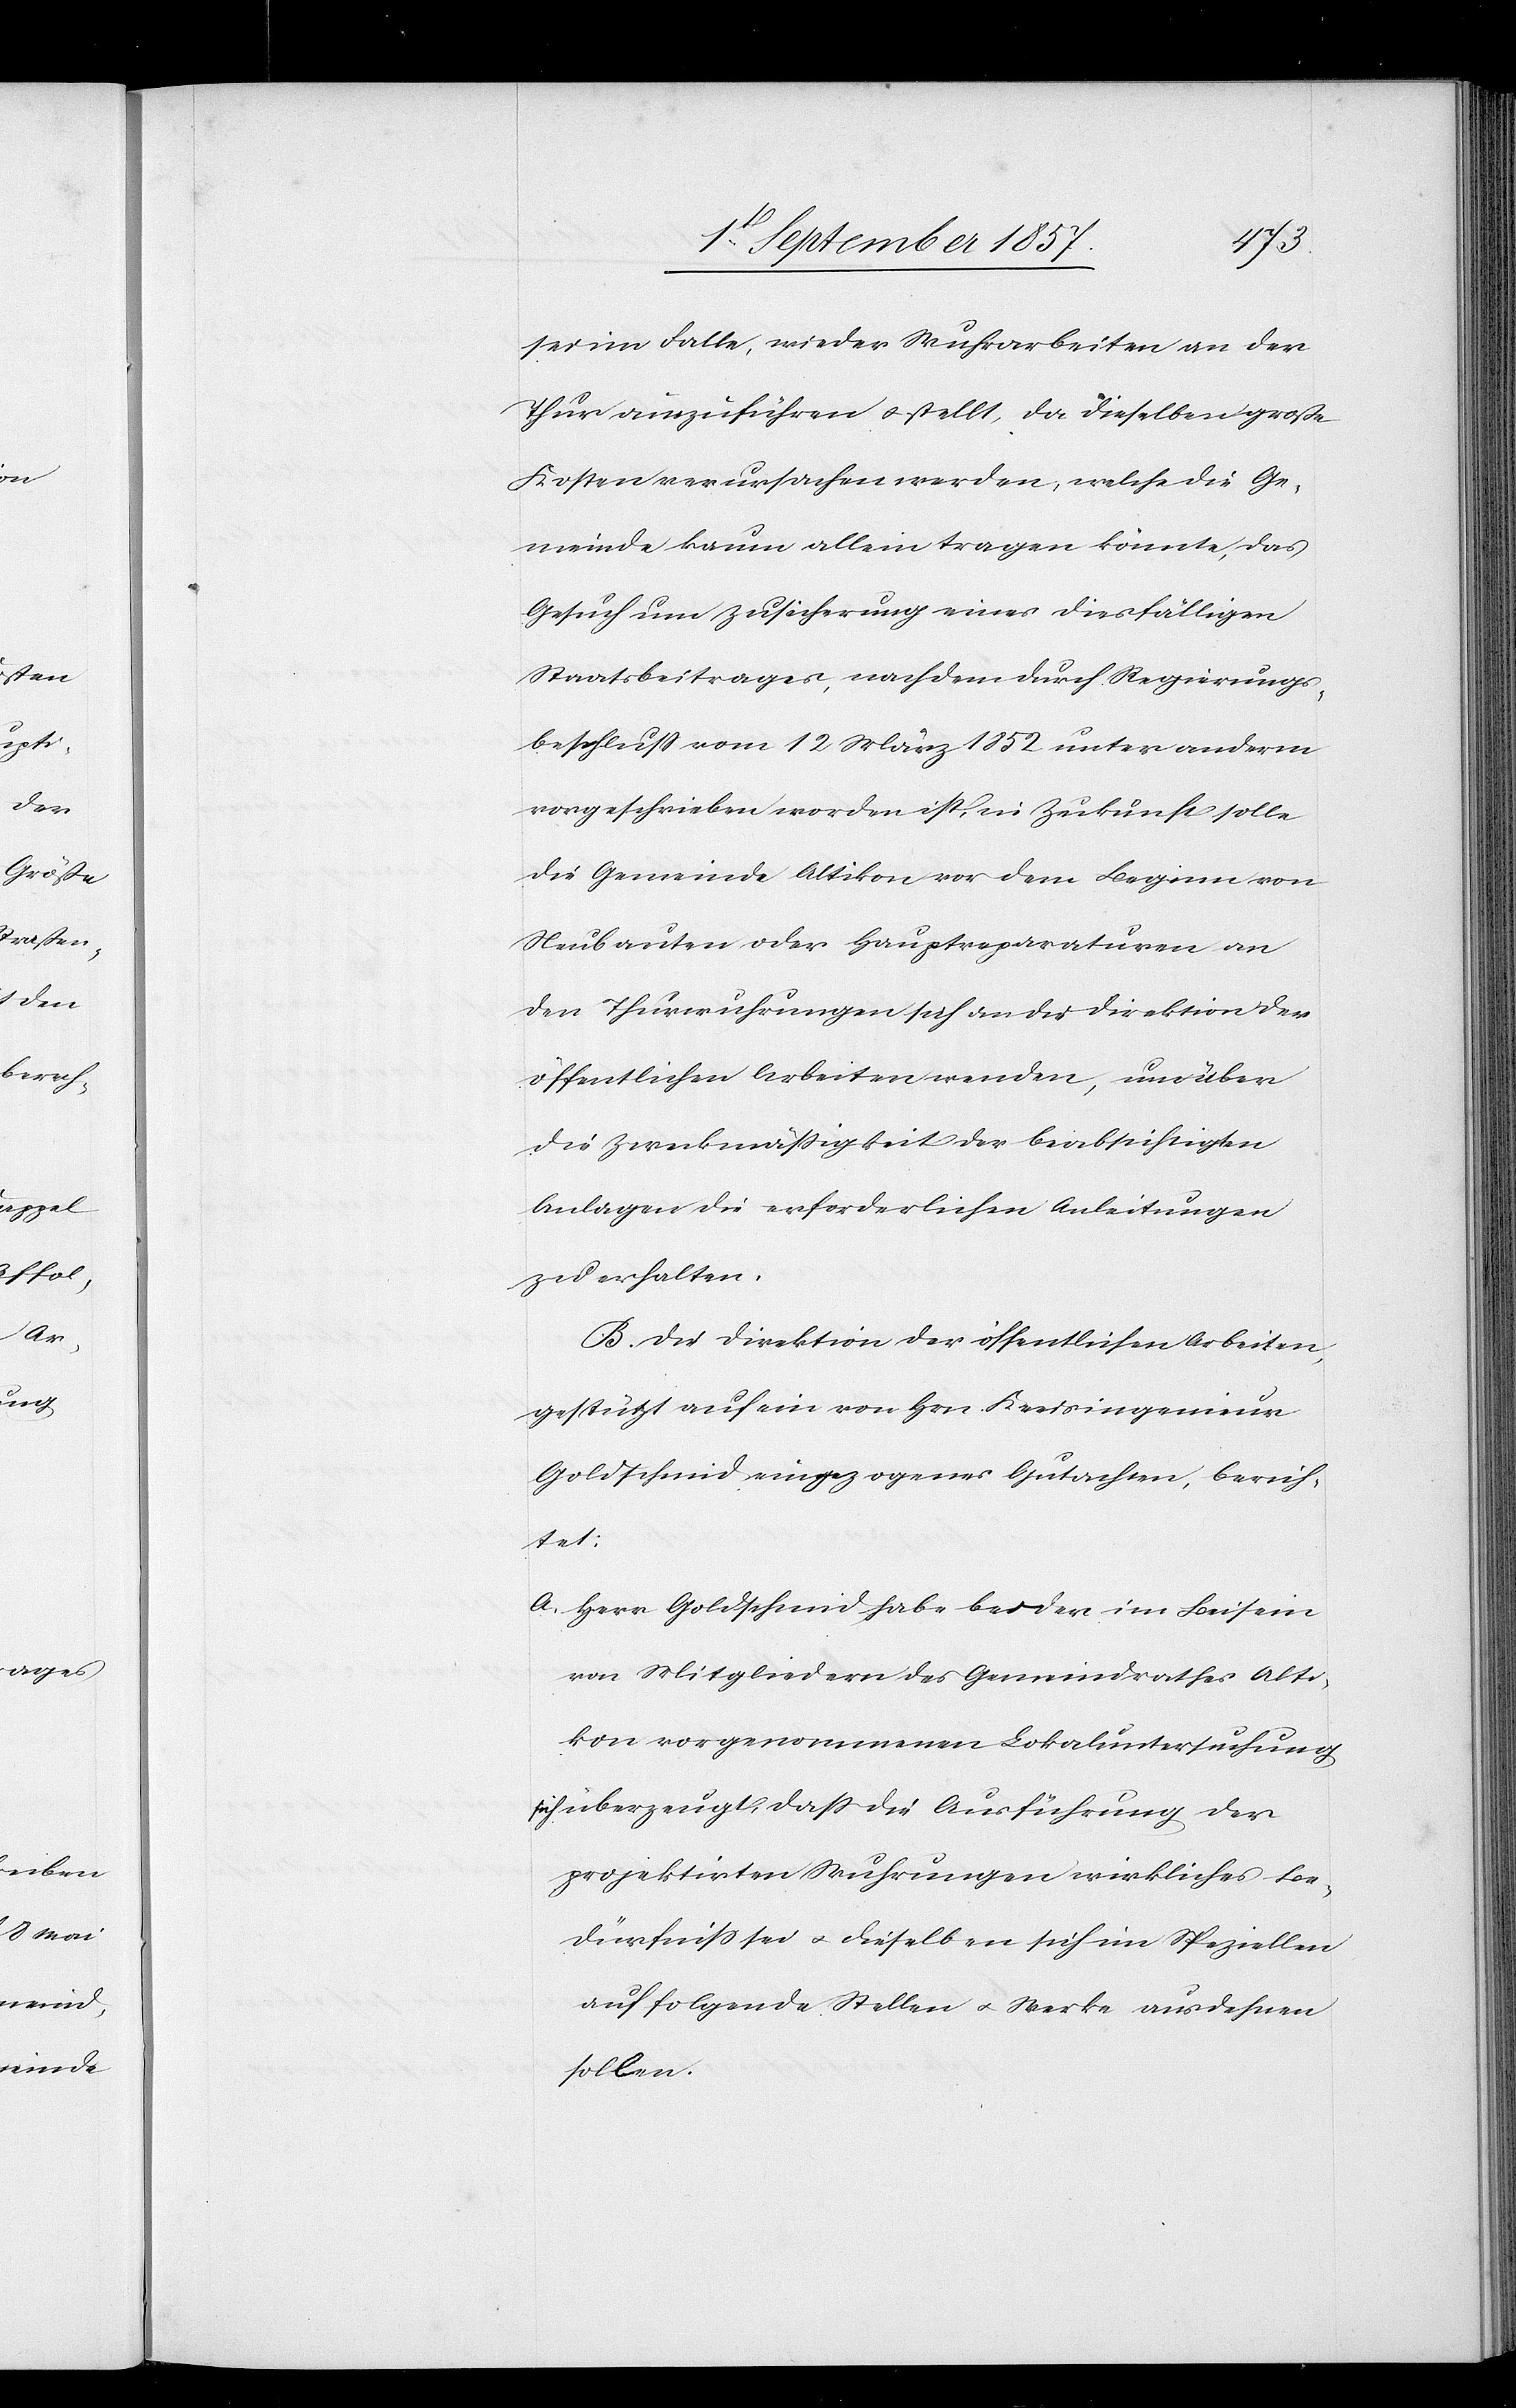
sei im Falle, wieder Wuhrarbeiten an der
Thur auszuführen & stellt, da dieselben große
Kosten verursachen werden, welche die Ge¬
meinde kaum allein tragen könnte, das
Gesuch um Zusicherung eines diesfälligen
Staatsbeitrages, nach dem durch Regierungs¬
beschluß vom 12 März 1852 unter anderm
vorgeschrieben worden ist, in Zukunft solle
die Gemeinde Altikon vor dem Beginn von
Neubauten oder Hauptreparaturen an
den Thurwuhrungen sich an die Direktion der
öffentlichen Arbeiten wenden, um über
die Zweckmäßigkeit der beabsichtigten
Anlagen die erforderlichen Anleitungen
zu erhalten.
B. Die Direktion der öffentlichen Arbeiten,
gestützt auf ein von Hrn. Kreisingenieur
Goldschmid eingezogenes Gutachten, berich¬
tet:
a) Herr Goldschmid habe bei der im Beisein
von Mitgliedern des Gemeindrathes Alti¬
kon vorgenommenen Lokaluntersuchung
sich überzeugt, daß die Ausführung der
projektirten Wuhrungen wirkliches Be¬
dürfniß sei & dieselben sich im Speziellen
auf folgende Stellen & Werke ausdehnen
sollen: